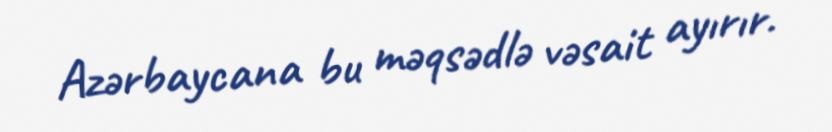
Azərbaycana bu məqsədlə vəsait ayırır.